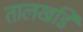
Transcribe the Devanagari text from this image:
तालखडि